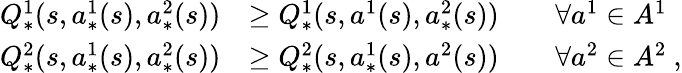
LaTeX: \begin{array}{rl}{Q_{*}^{1}(s,a_{*}^{1}(s),a_{*}^{2}(s))}&{\geq Q_{*}^{1}(s,a^{1}(s),a_{*}^{2}(s))\qquad\forall a^{1}\in A^{1}}\\ {Q_{*}^{2}(s,a_{*}^{1}(s),a_{*}^{2}(s))}&{\geq Q_{*}^{2}(s,a_{*}^{1}(s),a^{2}(s))\qquad\forall a^{2}\in A^{2}\ ,}\end{array}